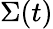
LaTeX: \Sigma(t)